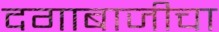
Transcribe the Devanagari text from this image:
दगाबाजीचा